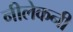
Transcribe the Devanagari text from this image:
नीलेकनी